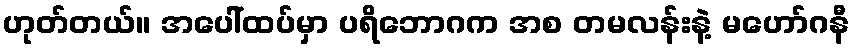
ဟုတ်တယ်။ အပေါ်ထပ်မှာ ပရိဘောဂက အစ တမလန်းနဲ့ မဟော်ဂနီ